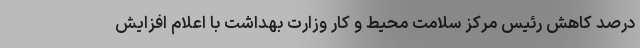
درصد کاهش رئیس مرکز سلامت محیط و کار وزارت بهداشت با اعلام افزایش